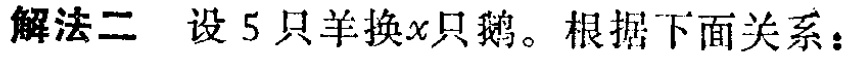
解法二 设5只羊换\(x\)只鹅。根据下面关系：